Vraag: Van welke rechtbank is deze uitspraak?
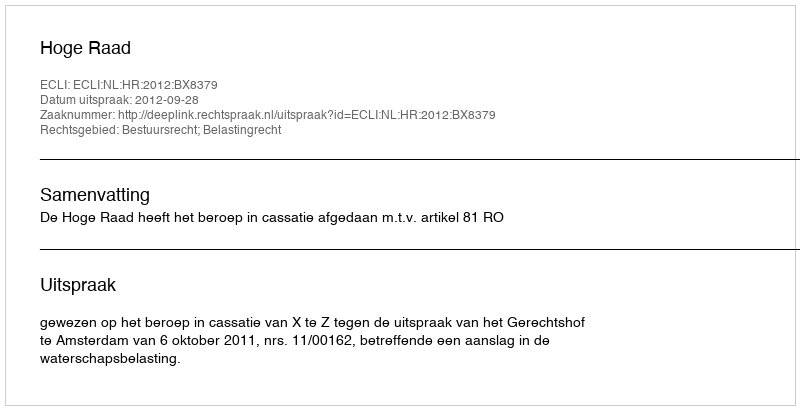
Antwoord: Hoge Raad